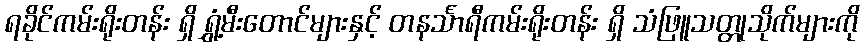
ရခိုင်ကမ်းရိုးတန်း ရှိ ရွှံ့မီးတောင်များနှင့် တနင်္သာရီကမ်းရိုးတန်း ရှိ သံဖြူသတ္တုသိုက်များကို